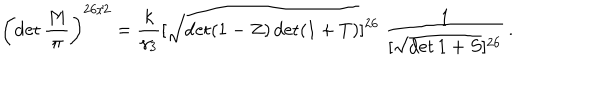
\left( \det \frac { M } { \pi } \right) ^ { 2 6 / 2 } = \frac { k } { \gamma _ { 3 } } [ \sqrt { \det ( 1 - Z ) \det ( 1 + T ) } ] ^ { 2 6 } \; \frac { 1 } { [ \sqrt { \det 1 + S } ] ^ { 2 6 } } \, .